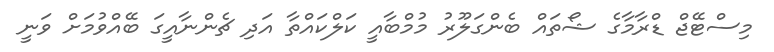
މިސްޓޭޖް ޑްރާމާގެ ޝޯތައް ބެންގަލޫރު މުމްބާއީ ކަލްކައްތާ އަދި ޗެންނާއީގަ ބޭއްވުމަށް ވަނީ